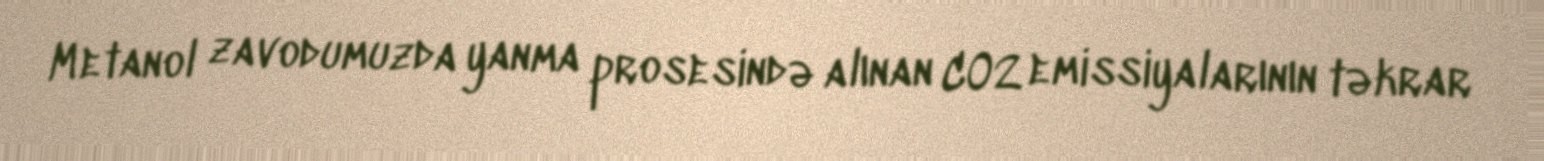
Metanol zavodumuzda yanma prosesində alınan CO2 emissiyalarının təkrar